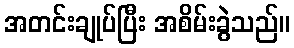
အတင်းချုပ်ပြီး အစိမ်းခွဲသည်။